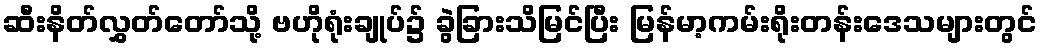
ဆီးနိတ်လွှတ်တော်သို့ ဗဟိုရုံးချုပ်၌ ခွဲခြားသိမြင်ပြီး မြန်မာ့ကမ်းရိုးတန်းဒေသများတွင်